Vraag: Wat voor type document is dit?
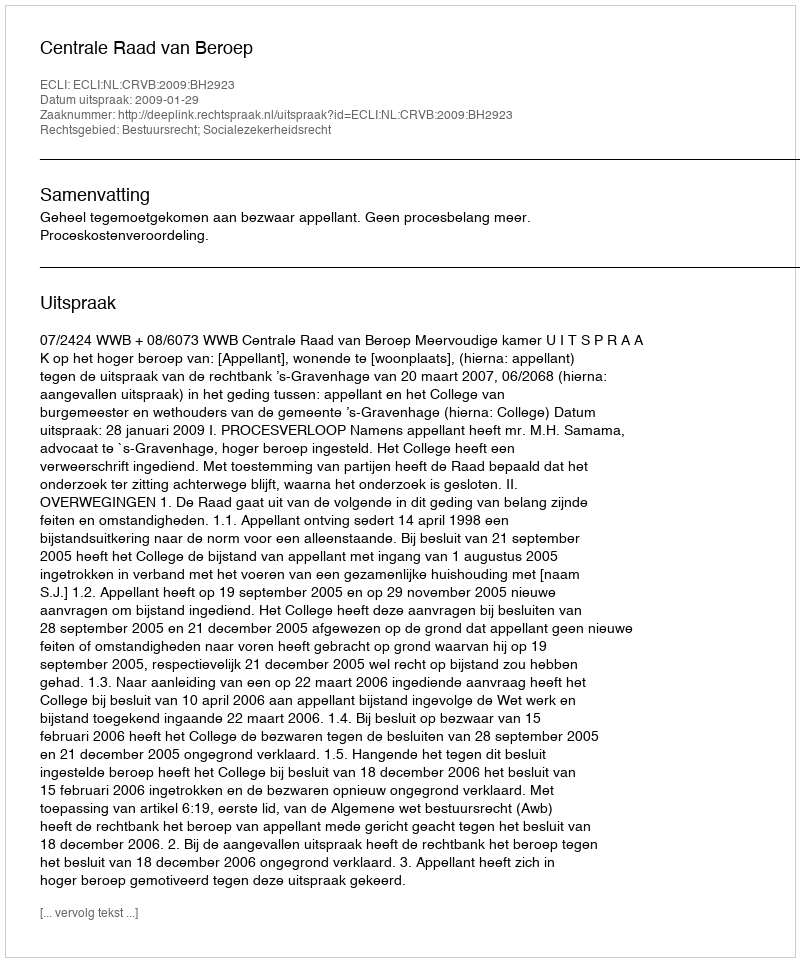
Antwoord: Uitspraak